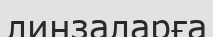
линзаларға